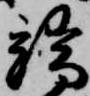
端